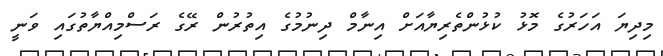
މިދިޔަ އަހަރުގެ މޮޅު ކުޅުންތެރިޔާއަށް އިނާމް ދިނުމުގެ އިތުރުން ރޭގެ ރަސްމިއްޔާތުގައި ވަނީ